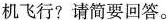
机飞行?请简要回答。